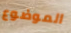
الموضوع